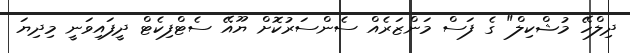
ދިލްހޭ މުޝްކިލް" ގެ ފަސް މަންޒަރެއް ސެންސަރުކޮށް ޔޫއޭ ސެޓްފިކެޓް ދީފައިވަނީ މިދިޔަ